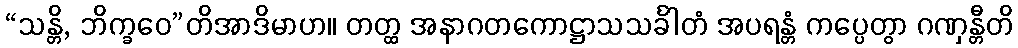
“သန္တိ, ဘိက္ခဝေ”တိအာဒိမာဟ။ တတ္ထ အနာဂတကောဋ္ဌာသသင်္ခါတံ အပရန္တံ ကပ္ပေတွာ ဂဏှန္တီတိ